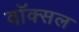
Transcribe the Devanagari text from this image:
वॉक्‍सल